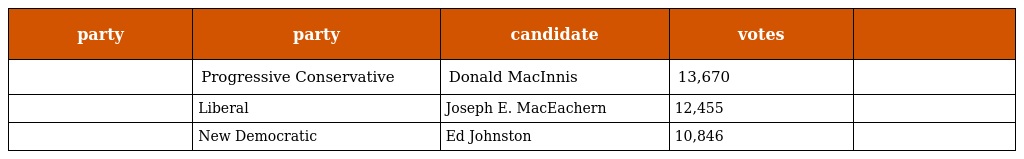
| party | party | candidate | votes |  |
 | --- | --- | --- | --- | --- |
 |  | Progressive Conservative | Donald MacInnis | 13,670 |  |
 |  | Liberal | Joseph E. MacEachern | 12,455 |  |
 |  | New Democratic | Ed Johnston | 10,846 |  |